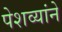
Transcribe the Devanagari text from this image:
पेशव्यांने